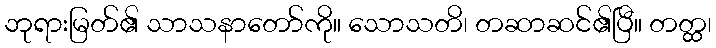
ဘုရားမြတ်၏ သာသနာတော်ကို။ သောသတိ၊ တဆာဆင်၏ပြီ။ တတ္ထ၊